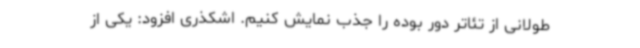
طولانی از تئاتر دور بوده را جذب نمایش کنیم. اشکذری افزود: یکی از